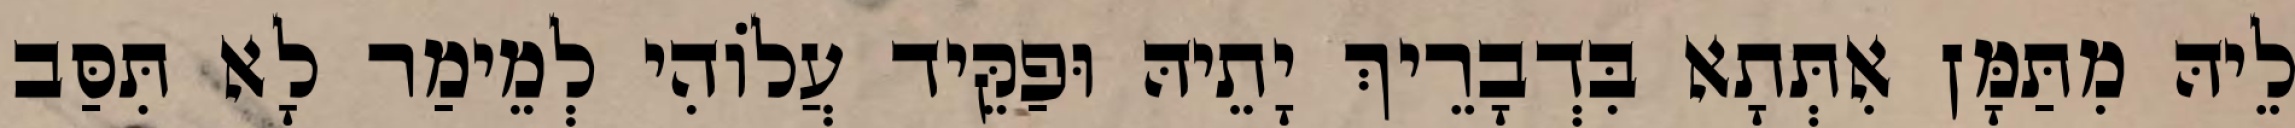
לֵיהּ מִתַּמָּן אִתְּתָא בִּדְבָרֵיךְ יָתֵיהּ וּפַקֵּיד עֲלוֹהִי לְמֵימַר לָא תִּסַּב